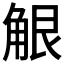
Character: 𧣢